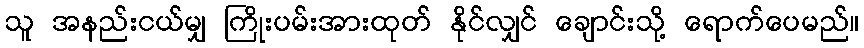
သူ အနည်းငယ်မျှ ကြိုးပမ်းအားထုတ် နိုင်လျှင် ချောင်းသို့ ရောက်ပေမည်။